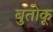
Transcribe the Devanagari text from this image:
बुतोकू